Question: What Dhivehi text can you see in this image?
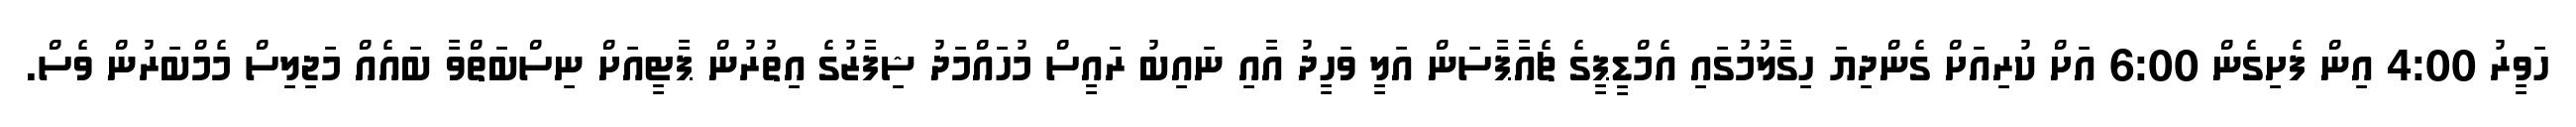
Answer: ހަވީރު 4:00 އިން ފެށިގެން 6:00 އަށް ކުރިއަށް ގެންދިޔަ ހިގާލުމުގައި އެމްޑީޕީގެ ޗެއާޕާސަން އަލީ ވަހީދު އާއި ނައިބު ރައީސް މުހައްމަދު ޝިފާޒުގެ އިތުރުން ޕާޓީއަށް ނިސްބަތްވާ ބައެއް މަޖިލިސް މެމްބަރުން ވެސް.